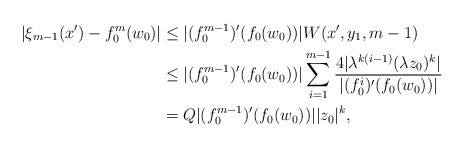
\begin{align*}|\xi_{m-1}(x')-f_0^m(w_0)|&\leq |(f_0^{m-1})'(f_0(w_0))|W(x',y_1,m-1)\\&\leq |(f_0^{m-1})'(f_0(w_0))| \sum_{i=1}^{m-1}\frac{4|\lambda^{k(i-1)}(\lambda z_0)^k|}{|(f_0^i)'(f_0(w_0))|}\\&= Q|(f_0^{m-1})'(f_0(w_0))| |z_0|^k,\end{align*}